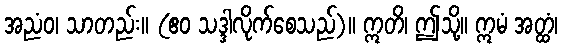
အညံဝ၊ သာတည်း။ (ဧဝ သဒ္ဒါလိုက်စေသည်)။ ဣတိ၊ ဤသို့။ ဣမံ အတ္ထံ၊